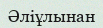
Әліұлынан